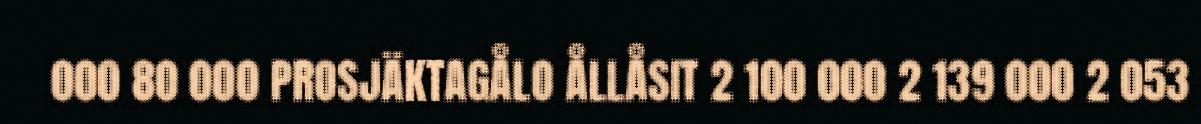
000 80 000 PROSJÄKTAGÅLO ÅLLÅSIT 2 100 000 2 139 000 2 053